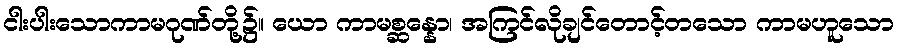
ငါးပါးသောကာမဂုဏ်တို့၌။ ယော ကာမစ္ဆန္နော၊ အကြင်လိုချင်တောင့်တသော ကာမဟူသော